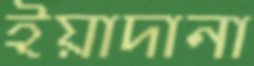
ইয়াদানা